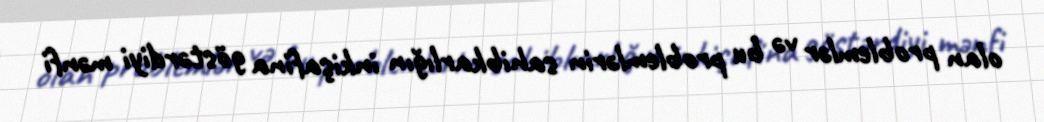
olan problemlər və bu problemlərin sahibkarlığın inkişafina göstərdiyi mənfi